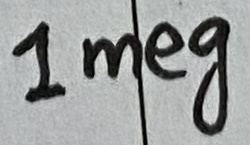
Text: 1meg